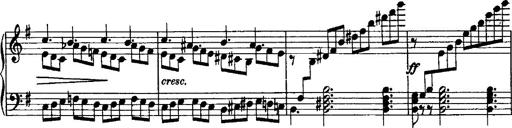
Title: Rondo di bravura
Composer: Franz Liszt